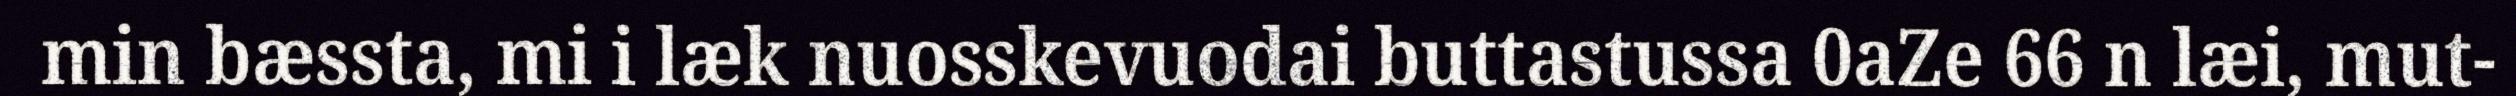
min bæssta, mi i læk nuosskevuodai buttastussa 0aZe 66 n læi, mut-